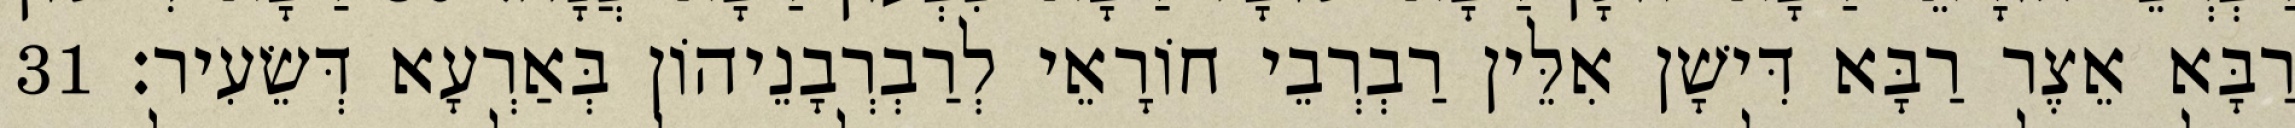
רַבָּא אֵצֶר רַבָּא דִּישָׁן אִלֵּין רַבְרְבֵי חוֹרָאֵי לְרַבְרְבָנֵיהוֹן בְּאַרְעָא דְּשֵׂעִיר׃ 31